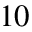
1 0